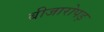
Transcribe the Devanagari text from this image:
बीजारोपड़